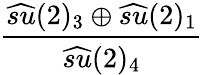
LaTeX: \frac{\widehat{su}(2)_{3}\oplus\widehat{su}(2)_{1}}{\widehat{su}(2)_{4}}